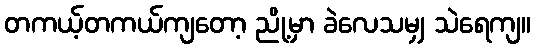
တကယ့်တကယ်ကျတော့ ညို့မှာ ခဲလေသမျှ သဲရေကျ။